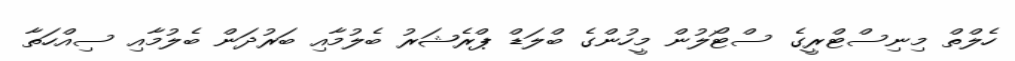
ހެލްތް މިނިސްޓްރީގެ ސްޓޯލުން މީހުންގެ ބްލަޑް ޕްރެޝަރު ބެލުމާއި ބަރުދަން ބެލުމާއި ސިއްހަތާ